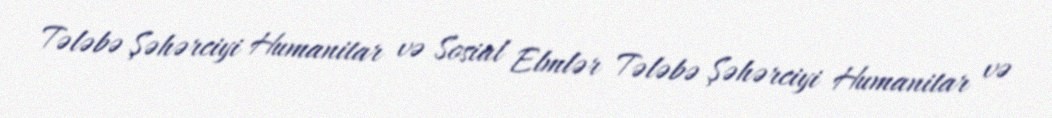
Tələbə Şəhərciyi Humanitar və Sosial Elmlər Tələbə Şəhərciyi Humanitar və